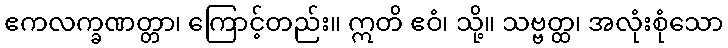
ဧကလက္ခဏတ္တာ၊ ကြောင့်တည်း။ ဣတိ ဧဝံ၊ သို့။ သဗ္ဗတ္ထ၊ အလုံးစုံသော